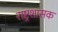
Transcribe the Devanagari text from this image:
राष्ट्रशासक